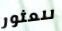
للعثور